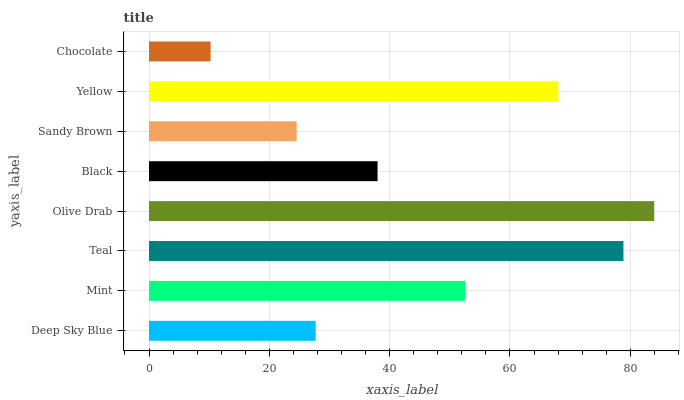
| yaxis_label | bars |
 | --- | --- |
 | Deep Sky Blue | 27.7 |
 | Mint | 52.6 |
 | Teal | 78.9 |
 | Olive Drab | 84 |
 | Black | 38 |
 | Sandy Brown | 24.5 |
 | Yellow | 68 |
 | Chocolate | 10.2 |